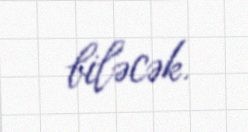
biləcək.